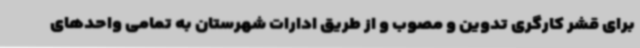
برای قشر کارگری تدوین و مصوب و از طریق ادارات شهرستان به تمامی واحدهای